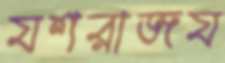
যশরাজয